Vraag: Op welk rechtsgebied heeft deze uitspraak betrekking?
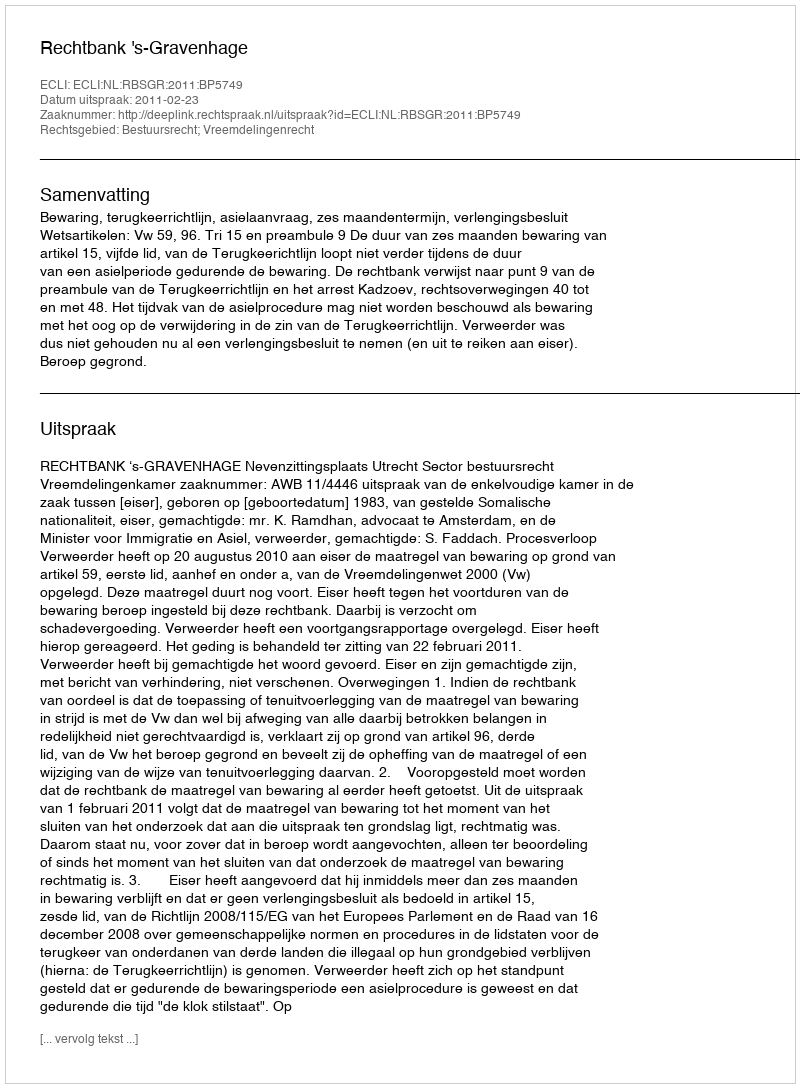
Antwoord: Bestuursrecht; Vreemdelingenrecht